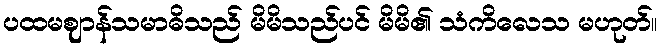
ပထမဈာန်သမာဓိသည် မိမိသည်ပင် မိမိ၏ သံကိလေသ မဟုတ်။